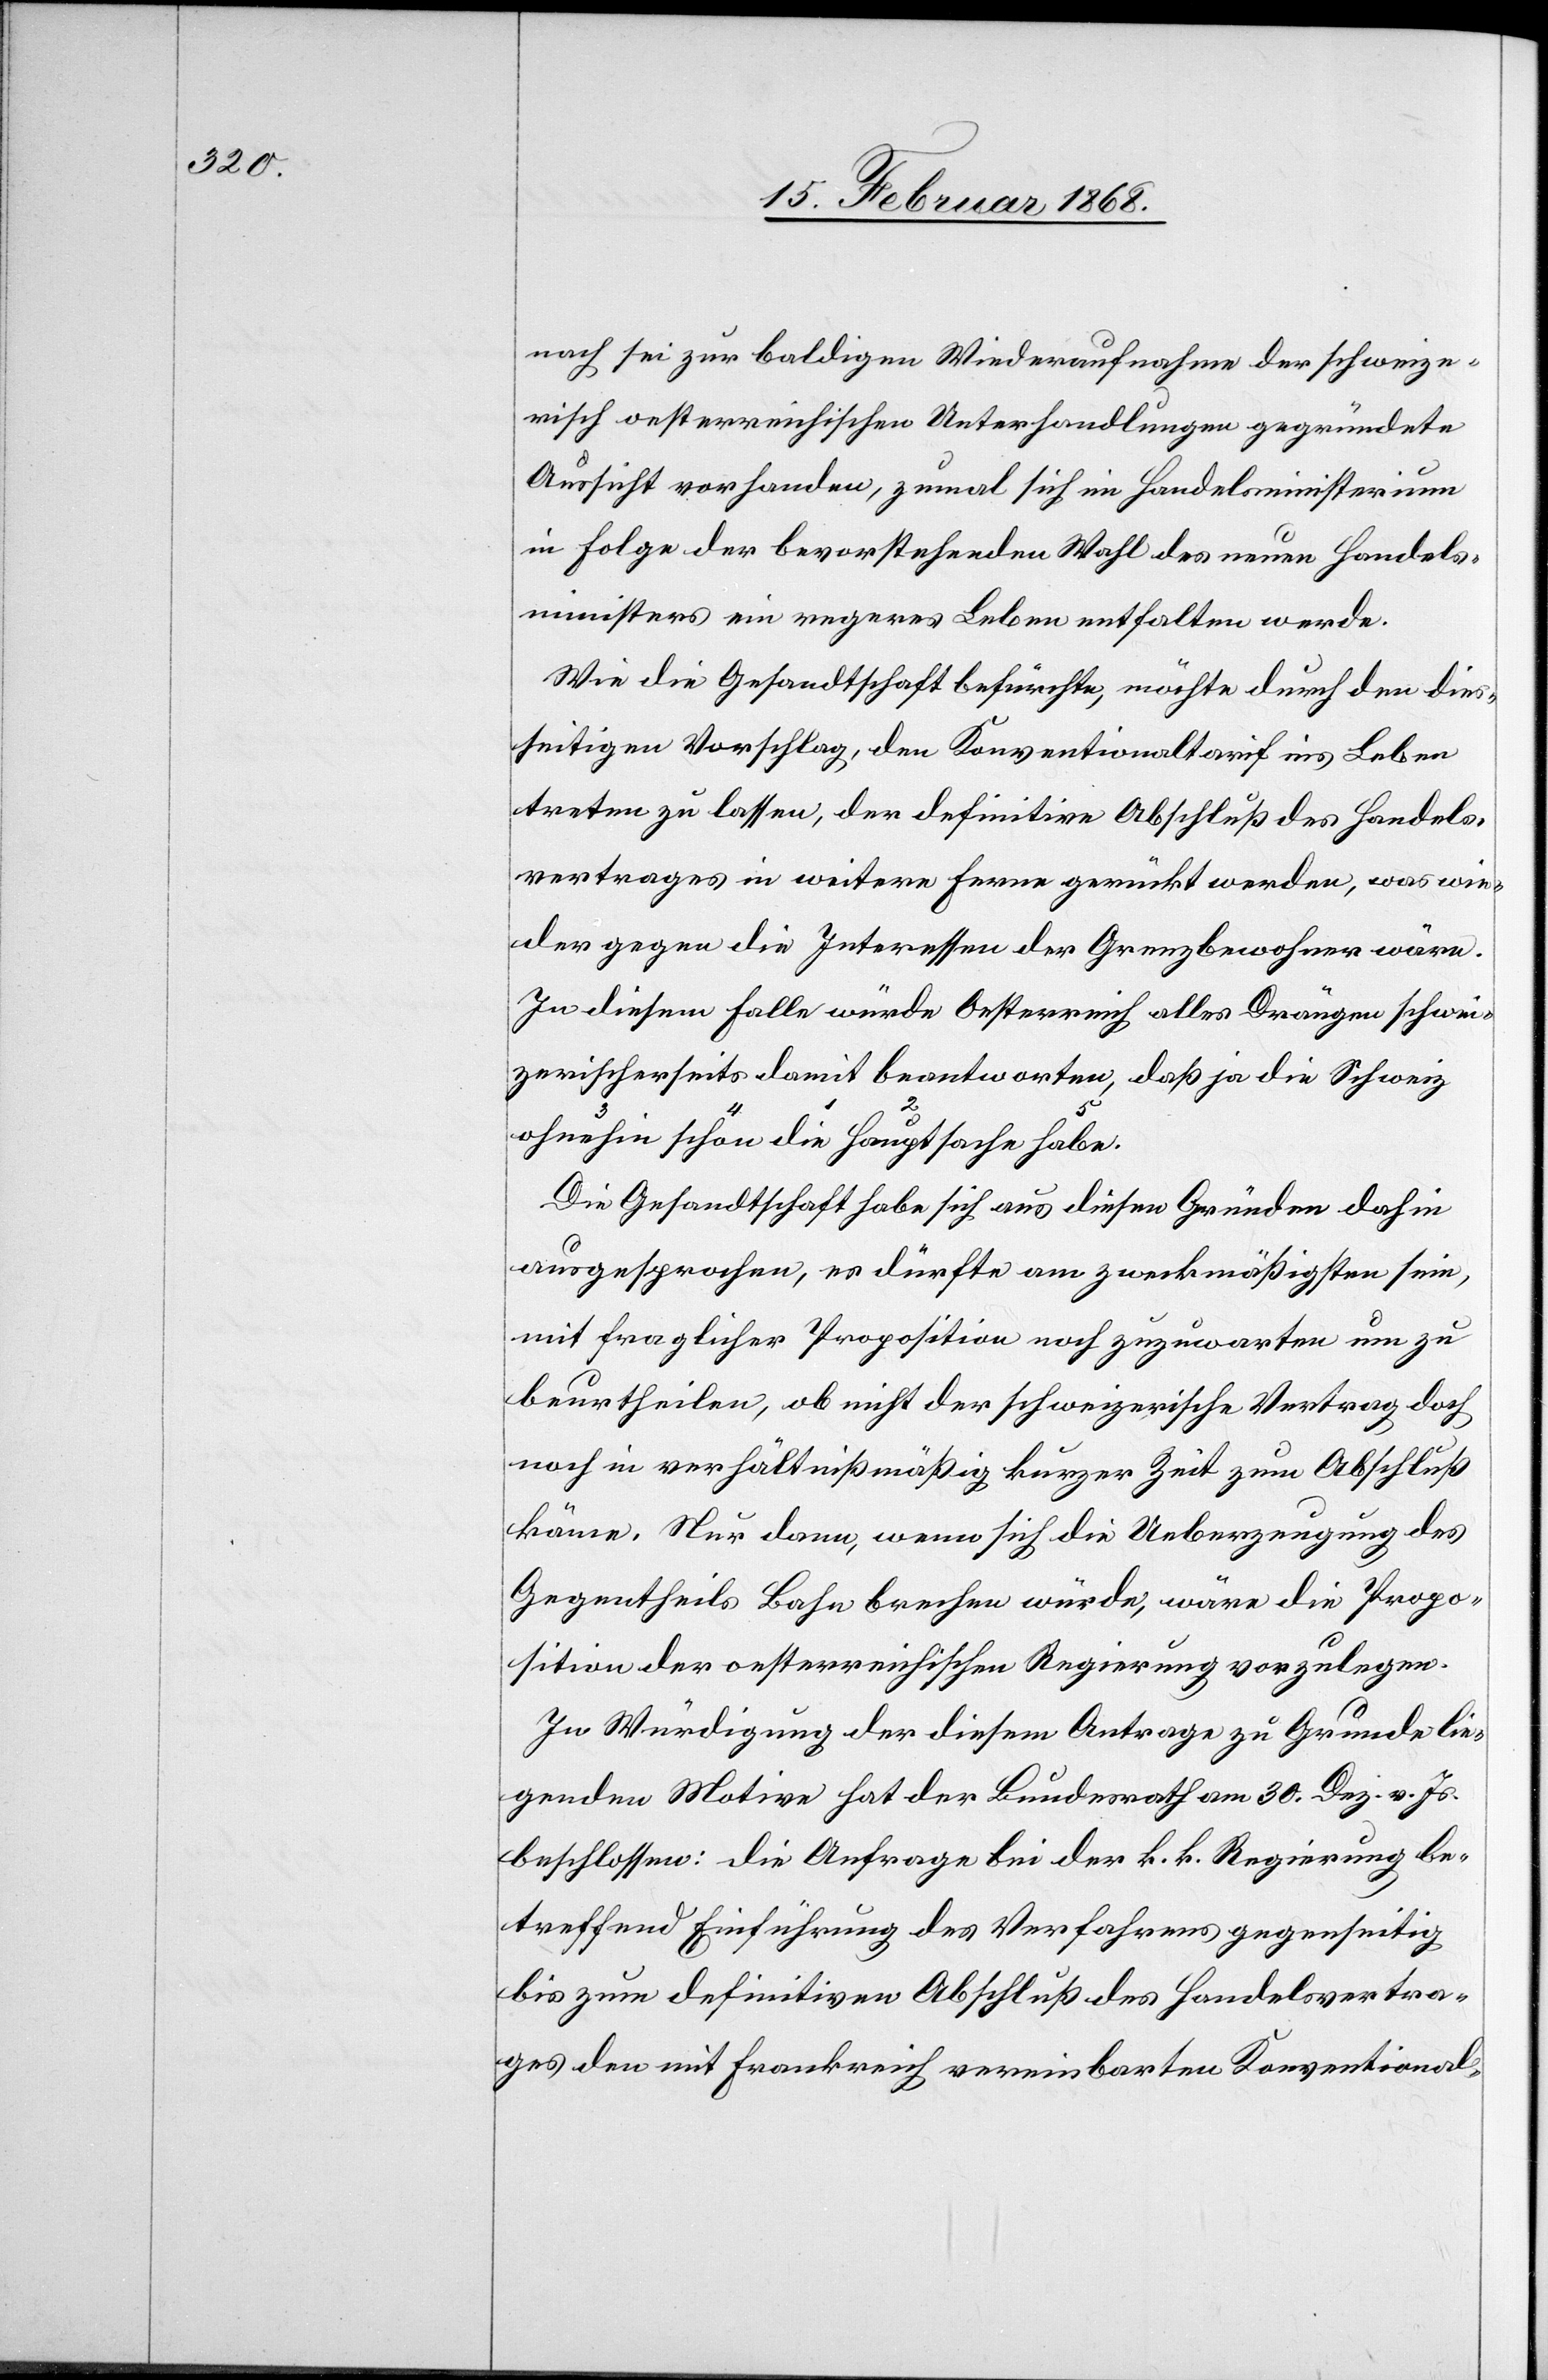
nach sei zur baldigen Wiederaufnahme der schweize¬
risch oesterreichischen Unterhandlungen gegründete
Aussicht vorhanden, zumal sich im Handelsministerium
in Folge der bevorstehenden Wahl des neuen Handels¬
ministers ein regeres Leben entfalten werde.
Wie die Gesandtschaft befürchte, möchte durch den dies¬
seitigen Vorschlag, den Konventionaltarif ins Leben
treten zu lassen, der definitive Abschluß des Handels¬
vertrages in weitere Ferne gerückt werden, was wie¬
der gegen die Interessen der Grenzbewohner wäre.
In diesem Falle würde Oesterreich alles Drängen schwei¬
zerischerseits damit beantworten, daß ja die Schweiz
Die Gesandtschaft habe sich aus diesen Gründen dahin
ausgesprochen, es dürfte am zweckmäßigsten sein,
mit fraglicher Proposition noch zuzuwarten um zu
beurtheilen, ob nicht der schweizerische Vertrag doch
noch in verhältnißmäßig kurzer Zeit zum Abschluß
käme. Nur dann, wenn sich die Ueberzeugung des
Gegentheils Bahn brechen würde, wäre die Propo¬
sition der oesterreichischen Regierung vorzulegen.
In Würdigung der diesem Antrage zu Grunde lie¬
genden Motive hat der Bundesrath am 30. Dez. v. Js.
beschlossen: die Anfrage bei der k. k. Regierung be¬
treffend Einführung des Verfahrens gegenseitig
bis zum definitiven Abschluß des Handelsvertra¬
ges den mit Frankreich vereinbarten Konventional-